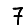
Digit: 7